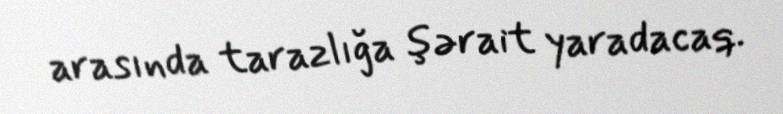
arasında tarazlığa şərait yaradacaq.